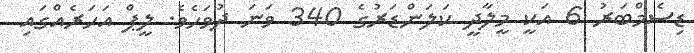
ޑިސެމްބަރު 6 އަކީ މީލާދީ ކަލަންޑަރުގެ 340 ވަނަ ދުވަހެވެ. ލީޕް އަހަރެއްގައި